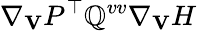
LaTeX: \nabla_{\mathbf V}P^{\top}\mathbb{Q}^{vv}\nabla_{\mathbf V}H